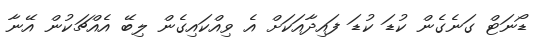
ޑޯނަޓް ގަނެގެން ކުޑަ ކުޑަ ފައިދާއަކަށް އެ ވިއްކައިގެން ލިބޭ އެއްޗަކުން އޭނާ